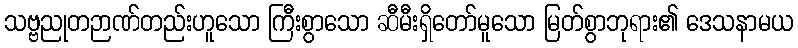
သဗ္ဗညုတဉာဏ်တည်းဟူသော ကြီးစွာသော ဆီမီးရှိတော်မူသော မြတ်စွာဘုရား၏ ဒေသနာမယ